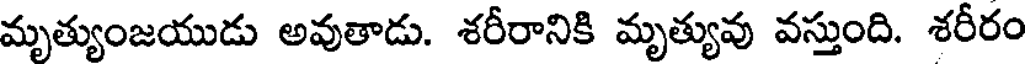
మృత్యుంజయుడు అవుతాడు. శరీరానికి మృత్యువు వస్తుంది. శరీరం